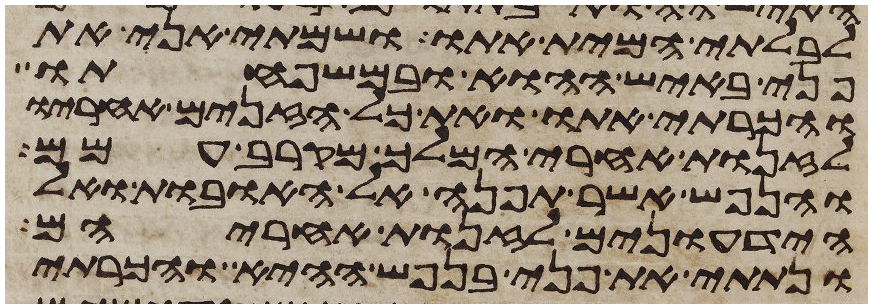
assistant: לבלתי המית אתו ושמתי אני את
פני באיש ההוא ובמשפחתו
והכרתי אתו ואת כל הזנים אחריו
לזנות אחרי המלך מקרב עמם
והנפש אשר תפנה אל האובות ואל
הידעונים לזנות אחריהם
ונתתי את פני בנפש ההיא והכרתי